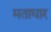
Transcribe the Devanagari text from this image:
मताघार